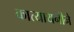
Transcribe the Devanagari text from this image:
कात्यायनीने